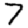
Digit: 7